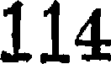
114